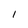
Character: l